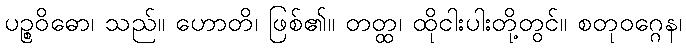
ပဉ္စဝိဓော၊ သည်။ ဟောတိ၊ ဖြစ်၏။ တတ္ထ၊ ထိုငါးပါးတို့တွင်။ စတုဝဂ္ဂေန၊